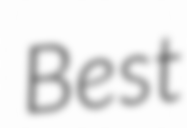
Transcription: Best